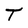
Character: T